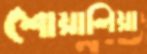
শোয়ালিয়া